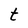
Character: t